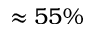
\approx 5 5 \%